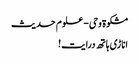
مشکوة وحی- علوم حدیث
اناڑی ہاتھ درایت!